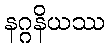
နဂ္ဂနိယဿ